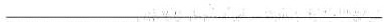
___